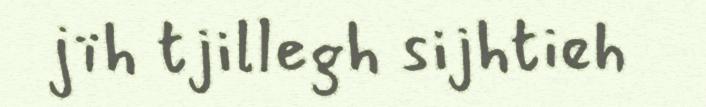
jïh tjillegh sijhtieh